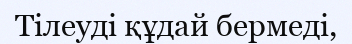
Тілеуді құдай бермеді,